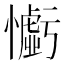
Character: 𢣧